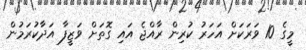
މީގެ 10 ވަރަކަށް އަހަރު ކުރިން ރާއްޖެ އައި ގޮތަށް ވަޒީފާ އަދާކުރަމުން